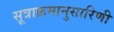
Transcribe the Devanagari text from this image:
सूत्राक्रमानुसारिणी